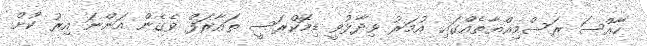
ހާއްސަ ރަސްމިއްޔާތެއްގައި އުމަރު ވިދާޅުވީ ޑިމޮކްރަސީ ތައާރަފް ވެގެން އަންނަ އިރު ކުށް